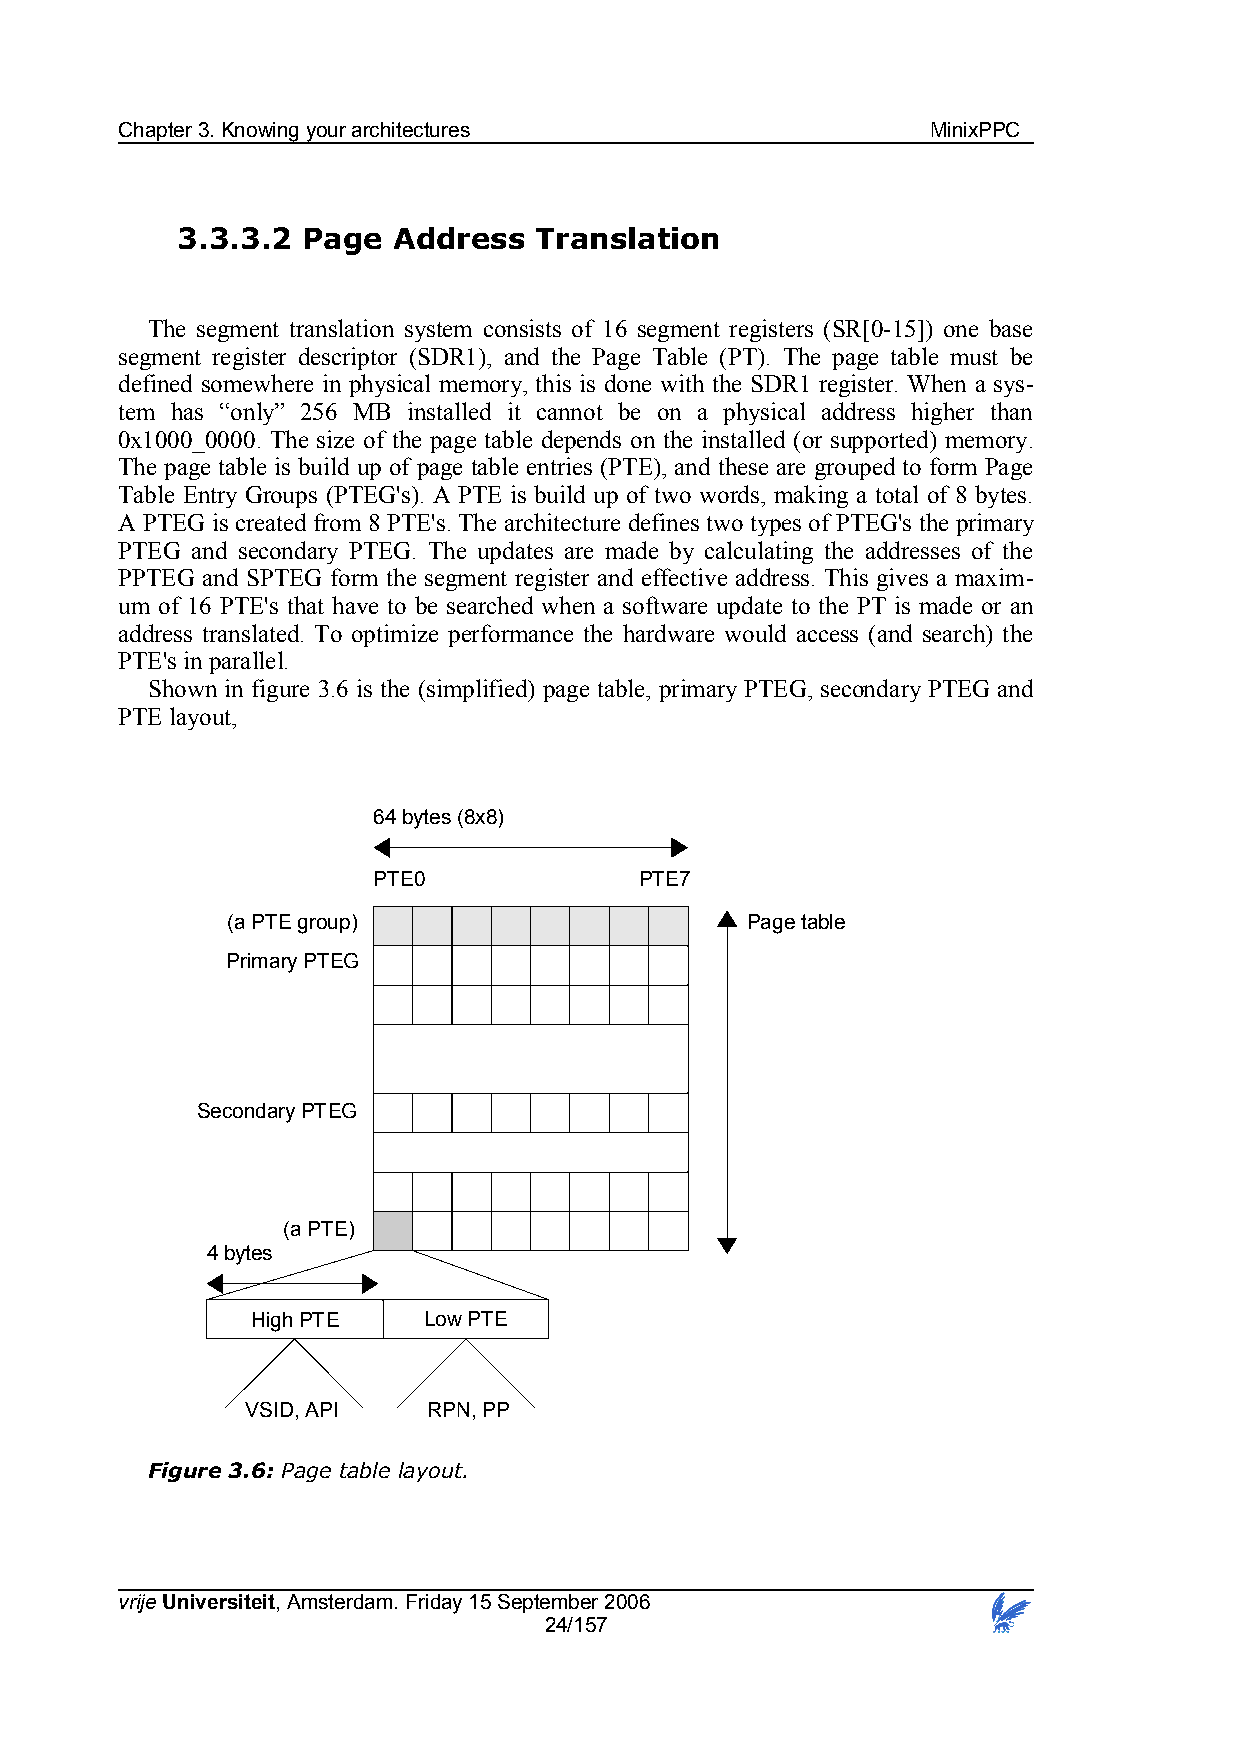
Chapter 3. Knowing your architectures                 MinixPPC
 3.3.3.2 Page  Address  Translation
 The segment translation system consists of 16 segment registers (SR[0-15]) one base
 segment register descriptor (SDR1), and the Page Table (PT). The page table must be
 defined somewhere in physical memory, this is done with the SDR1 register. When a sys-
 tem has “only” 256 MB installed it cannot be on a physical address higher than
 0x1000_0000. The size of the page table depends on the installed (or supported) memory.
 The page table is build up of page table entries (PTE), and these are grouped to form Page
 Table Entry Groups (PTEG's). A PTE is build up of two words, making a total of 8 bytes.
 A PTEG is created from 8 PTE's. The architecture defines two types of PTEG's the primary
 PTEG and secondary PTEG. The updates are made by calculating the addresses of the
 PPTEG and SPTEG form the segment register and effective address. This gives a maxim-
 um of 16 PTE's that have to be searched when a software update to the PT is made or an
 address translated. To optimize performance the hardware would access (and search) the
 PTE's in parallel.
 Shown in figure 3.6 is the (simplified) page table, primary PTEG, secondary PTEG and
 PTE layout,
 64 bytes (8x8)
 PTE0             PTE7
 (a PTE group)                     Page table
 Primary PTEG
 Secondary PTEG
 (a PTE)
 4 bytes
 High PTE   Low PTE
 VSID, API   RPN, PP
 Figure 3.6: Page table layout.
 vrije Universiteit, Amsterdam. Friday 15 September 2006
 24/157